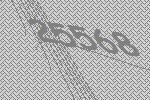
25568